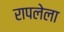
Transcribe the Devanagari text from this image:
रापलेला